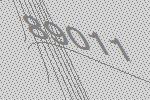
89011